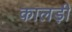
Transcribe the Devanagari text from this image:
कालड़ी